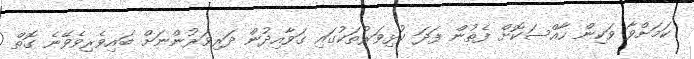
ކަމަށްވާ ވަކިން ހާއްސަކޮށް ފެތުން ފަދަ ކުޅިވަރުތަކުގައި ގަވާއިދުން ދަރިވަރުންނަށް ބައިވެރިވެވޭނެ ގޮތް